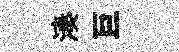
湊巨